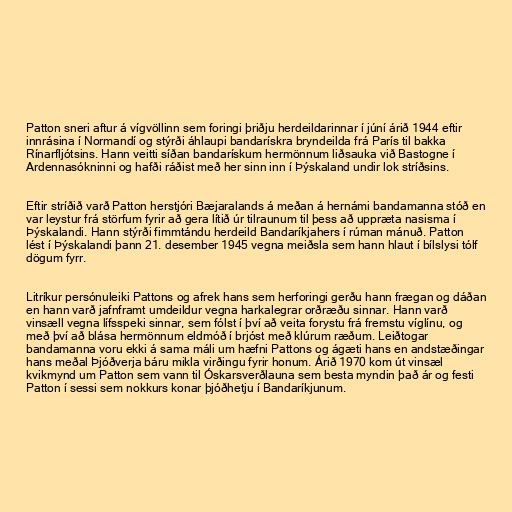
Patton sneri aftur á vígvöllinn sem foringi þriðju herdeildarinnar í júní árið 1944 eftir
innrásina í Normandí og stýrði áhlaupi bandarískra bryndeilda frá París til bakka
Rínarfljótsins. Hann veitti síðan bandarískum hermönnum liðsauka við Bastogne í
Ardennasókninni og hafði ráðist með her sinn inn í Þýskaland undir lok stríðsins.

Eftir stríðið varð Patton herstjóri Bæjaralands á meðan á hernámi bandamanna stóð en
var leystur frá störfum fyrir að gera lítið úr tilraunum til þess að uppræta nasisma í
Þýskalandi. Hann stýrði fimmtándu herdeild Bandaríkjahers í rúman mánuð. Patton
lést í Þýskalandi þann 21. desember 1945 vegna meiðsla sem hann hlaut í bílslysi tólf
dögum fyrr.

Litríkur persónuleiki Pattons og afrek hans sem herforingi gerðu hann frægan og dáðan
en hann varð jafnframt umdeildur vegna harkalegrar orðræðu sinnar. Hann varð
vinsæll vegna lífsspeki sinnar, sem fólst í því að veita forystu frá fremstu víglínu, og
með því að blása hermönnum eldmóð í brjóst með klúrum ræðum. Leiðtogar
bandamanna voru ekki á sama máli um hæfni Pattons og ágæti hans en andstæðingar
hans meðal Þjóðverja báru mikla virðingu fyrir honum. Árið 1970 kom út vinsæl
kvikmynd um Patton sem vann til Óskarsverðlauna sem besta myndin það ár og festi
Patton í sessi sem nokkurs konar þjóðhetju í Bandaríkjunum.